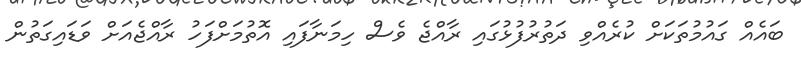
ބައެއް ގައުމުތަކަށް ކުރެއްވި ދަތުރުފުޅުގައި ރާއްޖެ ވެސް ހިމަނާފައި އޮތުމަށްފަހު ރާއްޖެއަށް ވަޑައިގަތުން